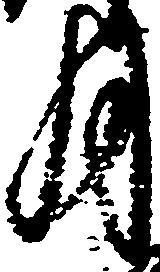
月